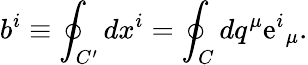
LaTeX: b^{i}\equiv\oint_{C^{\prime}}dx^{i}=\oint_{C}dq^{\mu}\mathrm{e}^{i}{}_{\mu}.